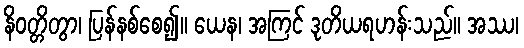
နိဝတ္တိတွာ၊ ပြန်နစ်စေ၍။ ယေန၊ အကြင် ဒုတိယရဟန်းသည်။ အဿ၊